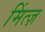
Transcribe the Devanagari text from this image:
मिंत्ज़